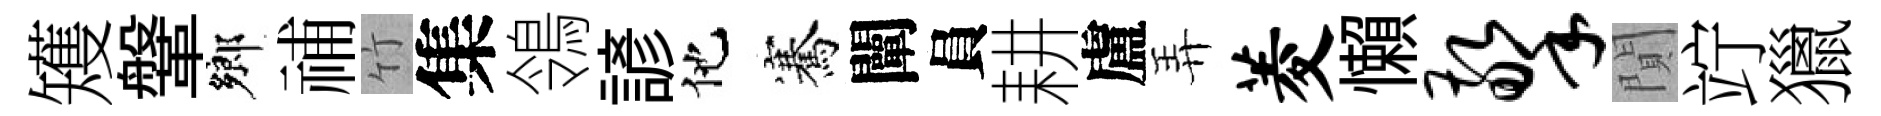
矱鞶鄉𥙷竹集鴒諺他騫闡員耕盧弄菱懶擎閴竚獵